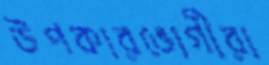
উপকারভোগীরা